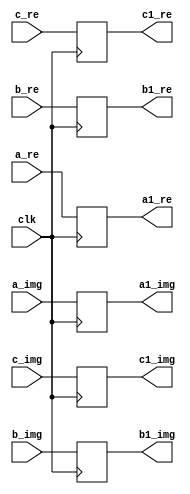
`timescale 1ns / 1ps
//////////////////////////////////////////////////////////////////////////////////
// Company: 
// Engineer: 
// 
// Design Name: 
// Module Name:    bufin 
// Project Name: 
// Target Devices: 
// Tool versions: 
// Description: 
//
// Dependencies: 
//
// Revision: 
// Revision 0.01 - File Created
// Additional Comments: 
//
//////////////////////////////////////////////////////////////////////////////////
module bufin_out(
    input [31:0] a_re,
    input [31:0] b_re,
    input [31:0] c_re,
	 input [31:0] a_img,
	 input [31:0] b_img,
	 input [31:0] c_img,
    output reg [31:0] a1_re,
    output reg  [31:0] b1_re,
    output reg [31:0] c1_re,
	 output reg  [31:0] a1_img,
	 output reg  [31:0] b1_img,
	 output reg  [31:0] c1_img,
    input clk
    );
always @(posedge clk) begin
a1_re=a_re;
a1_img<=a_img;
b1_re<=b_re;
b1_img<=b_img;
c1_re<=c_re;
c1_img<=c_img;
end

endmodule